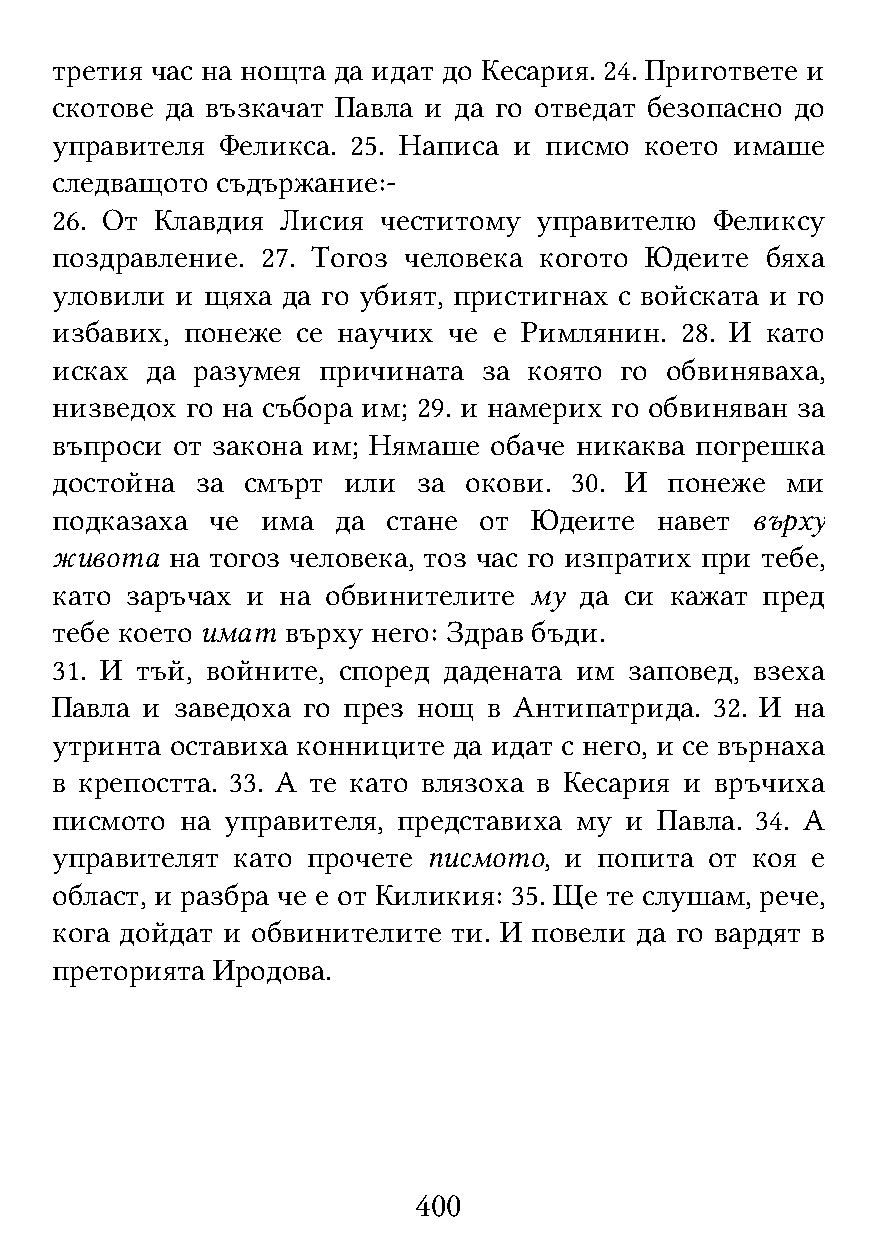
третия час на нощта да идат до Кесария. 24. Пригответе и
 скотове да възкачат Павла и да го отведат безопасно до
 управителя  Феликса. 25. Написа и писмо което имаше
 следващото съдържание:-
 26. От Клавдия  Лисия честитому управителю  Феликсу
 поздравление. 27. Тогоз человека когото Юдеите  бяха
 уловили  и щяха да го убият, пристигнах с войската и го
 избавих, понеже  се научих че е Римлянин. 28. И като
 исках  да разумея причината  за която го обвиняваха,
 низведох го на събора им; 29. и намерих го обвиняван за
 въпроси от закона им; Нямаше обаче никаква погрешка
 достойна  за смърт  или  за окови. 30. И понеже  ми
 подказаха  че има  да  стане от Юдеите  навет  върху
 живота  на тогоз человека, тоз час го изпратих при тебе,
 като заръчах и на  обвинителите му да си кажат пред
 тебе което имат върху него: Здрав бъди.
 31. И тъй, войните, според дадената им заповед, взеха
 Павла и заведоха го през нощ в Антипатрида. 32. И на
 утринта оставиха конниците да идат с него, и се върнаха
 в крепостта. 33. А те като влязоха в Кесария и връчиха
 писмото  на управителя, представиха му и Павла. 34. А
 управителят като прочете писмото, и  попита от коя е
 област, и разбра че е от Киликия: 35. Ще те слушам, рече,
 кога дойдат и обвинителите ти. И повели да го вардят в
 преторията Иродова.
 400